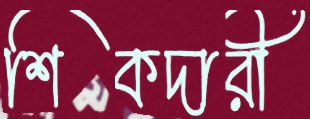
শিকদারী